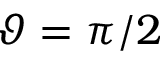
\vartheta = \pi / 2